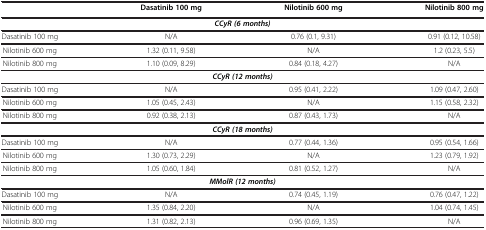
|  | Dasatinib 100 mg | Nilotinib 600 mg | Nilotinib 800 mg |
 | --- | --- | --- | --- |
 | <COLSPAN=4> CCyR (6 months) |
 | Dasatinib 100 mg | N/A | 0.76 (0.1, 9.31) | 0.91 (0.12, 10.58) |
 | Nilotinib 600 mg | 1.32 (0.11, 9.58) | N/A | 1.2 (0.23, 5.5) |
 | Nilotinib 800 mg | 1.10 (0.09, 8.29) | 0.84 (0.18, 4.27) | N/A |
 | <COLSPAN=4> CCyR (12 months) |
 | Dasatinib 100 mg | N/A | 0.95 (0.41, 2.22) | 1.09 (0.47, 2.60) |
 | Nilotinib 600 mg | 1.05 (0.45, 2.43) | N/A | 1.15 (0.58, 2.32) |
 | Nilotinib 800 mg | 0.92 (0.38, 2.13) | 0.87 (0.43, 1.73) | N/A |
 | <COLSPAN=4> CCyR (18 months) |
 | Dasatinib 100 mg | N/A | 0.77 (0.44, 1.36) | 0.95 (0.54, 1.66) |
 | Nilotinib 600 mg | 1.30 (0.73, 2.29) | N/A | 1.23 (0.79, 1.92) |
 | Nilotinib 800 mg | 1.05 (0.60, 1.84) | 0.81 (0.52, 1.27) | N/A |
 | <COLSPAN=4> MMolR (12 months) |
 | Dasatinib 100 mg | N/A | 0.74 (0.45, 1.19) | 0.76 (0.47, 1.22) |
 | Nilotinib 600 mg | 1.35 (0.84, 2.20) | N/A | 1.04 (0.74, 1.45) |
 | Nilotinib 800 mg | 1.31 (0.82, 2.13) | 0.96 (0.69, 1.35) | N/A |